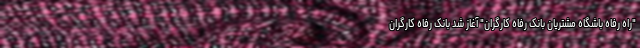
"راه رفاه باشگاه مشتریان بانک رفاه کارگران" آغاز شد بانک رفاه کارگران